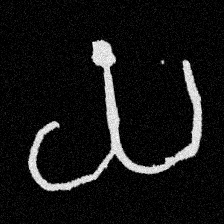
Pyu character \u2014 Myanmar letter: ယ (romanized: ya)